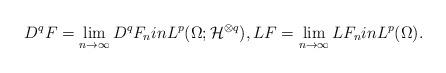
LaTeX: \begin{align*}D^{q}F=\lim_{n\rightarrow\infty}D^{q}F_{n}inL^p(\Omega;\mathcal{H}^{\otimes q}),LF=\lim_{n\rightarrow\infty}LF_{n}inL^p(\Omega). \end{align*}